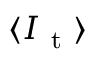
\langle I _ { \mathrm { ~ t ~ } } \rangle